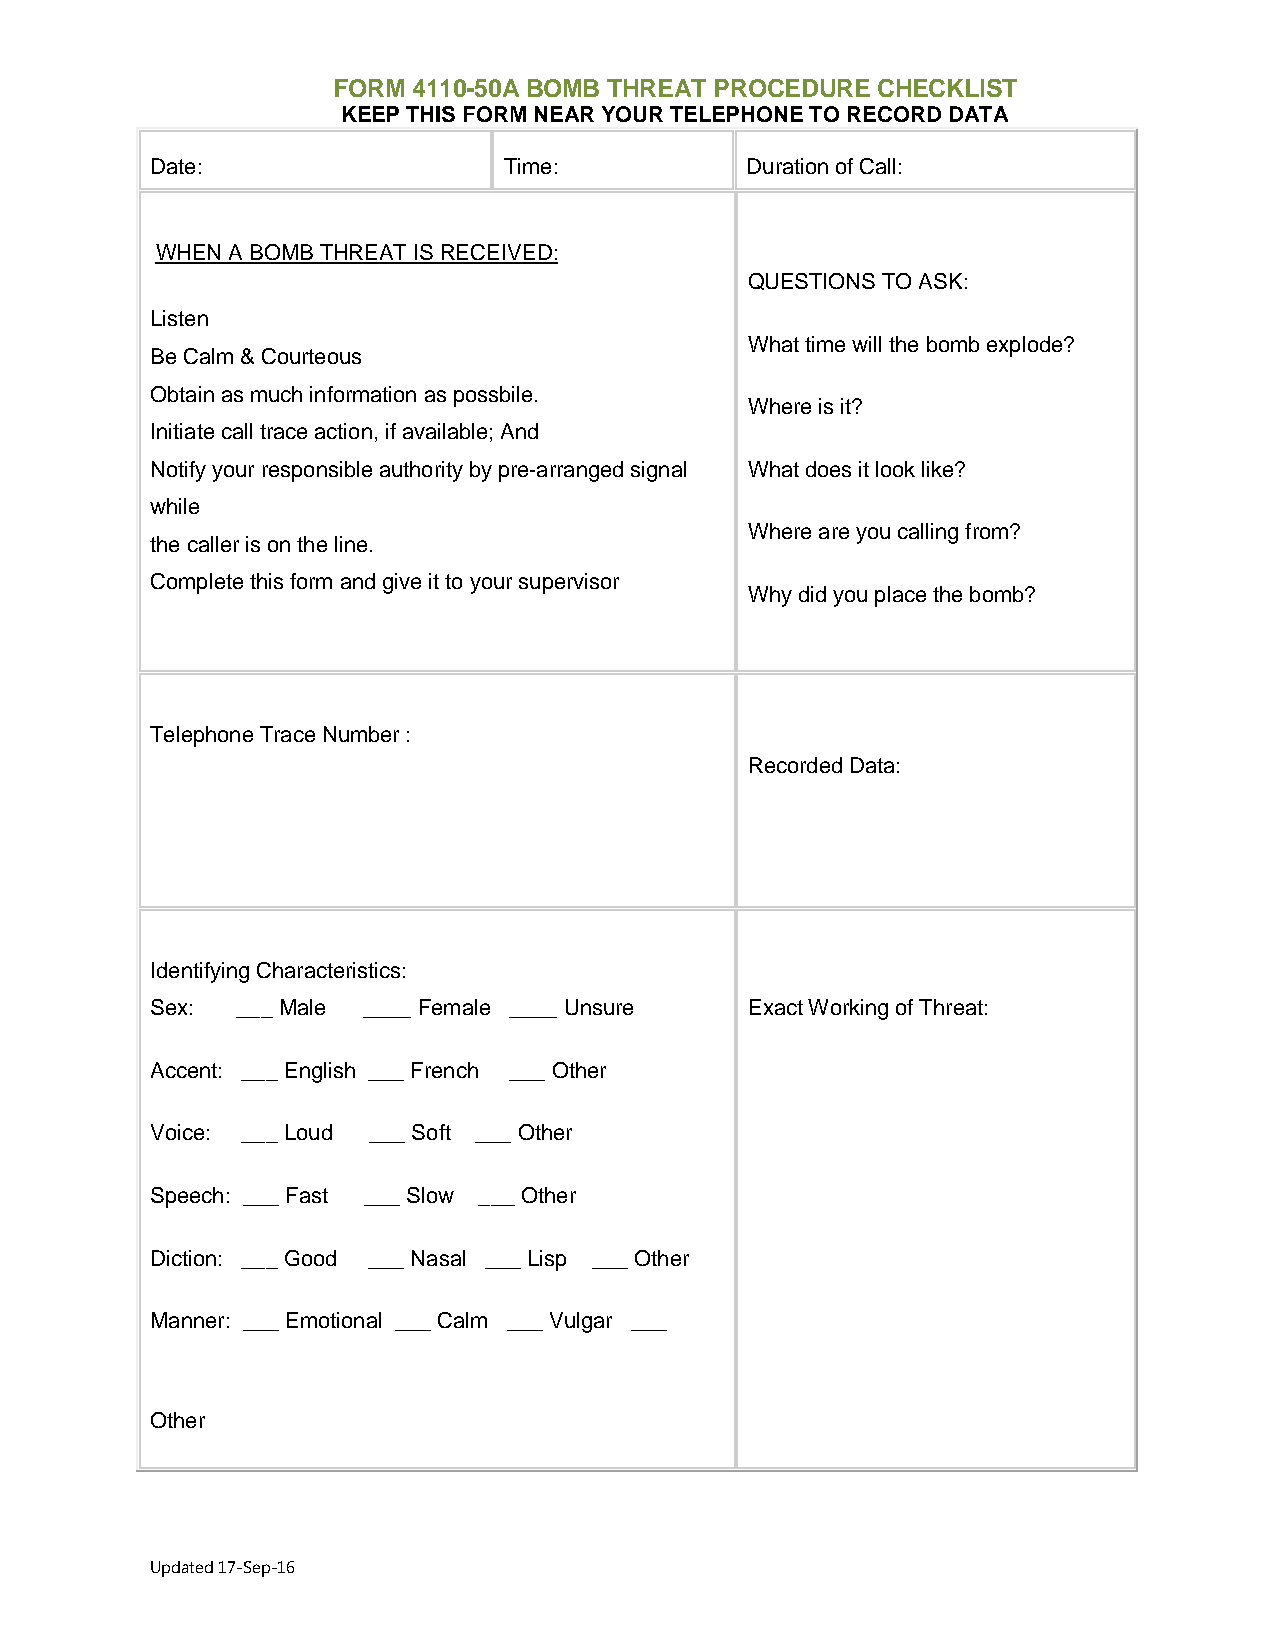
FORM 4110-50A BOMB THREAT PROCEDURE CHECKLIST
 KEEP THIS FORM NEAR YOUR TELEPHONE TO RECORD DATA
 Date:                  Time:           Duration of Call:
 WHEN A BOMB THREAT IS RECEIVED:
 QUESTIONS TO ASK:
 Listen
 What time will the bomb explode?
 Be Calm & Courteous
 Obtain as much information as possbile.
 Where is it?
 Initiate call trace action, if available; And
 Notify your responsible authority by pre-arranged signal What does it look like?
 while
 Where are you calling from?
 the caller is on the line.
 Complete this form and give it to your supervisor
 Why did you place the bomb?
 Telephone Trace Number :
 Recorded Data:
 Identifying Characteristics:
 Sex:  ___ Male ____ Female ____ Unsure  Exact Working of Threat:
 Accent: ___ English ___ French ___ Other
 Voice: ___ Loud ___ Soft ___ Other
 Speech: ___ Fast ___ Slow ___ Other
 Diction: ___ Good ___ Nasal ___ Lisp ___ Other
 Manner: ___ Emotional ___ Calm ___ Vulgar ___
 Other
 Updated 17-Sep-16